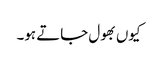
کیوں بھول جاتے ہو۔